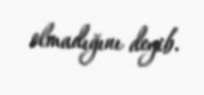
olmadığını deyib.